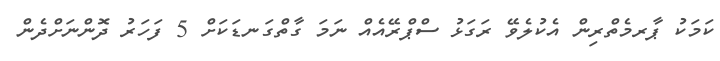
ކަމަކު ޕާރމެތްރިން އެކުލެވޭ ރަގަޅު ސްޕްރޭއެއް ނަމަ ގާތްގަނޑަކަށް 5 ފަހަރު ދޮންނަށްދެން